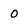
Character: 0